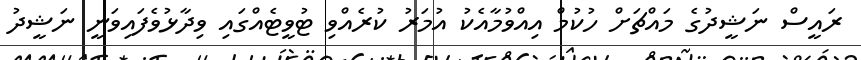
ރައީސް ނަޝީދުގެ މައްޗަށް ހުކުމް އިއްވުމާއެކު އުމަރު ކުރެއްވި ޓުވީޓެއްގައި ވިދާޅުވެފައިވަނީ ނަޝީދު